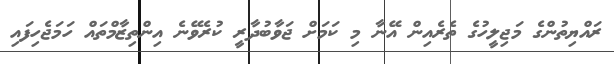
ރައްޔިތުންގެ މަޖިލީހުގެ ތެރެއިން އޭނާ މި ކަމަށް ޖަވާބުދާރީ ކުރެވޭނެ އިންތިޒާމްތައް ހަމަޖެހިފައި